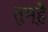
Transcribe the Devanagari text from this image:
तुम्हेँ